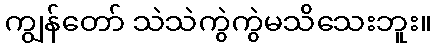
ကျွန်တော် သဲသဲကွဲကွဲမသိသေးဘူး။